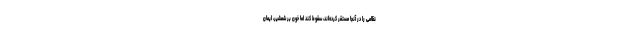
نظامی را در آنجا مستقر کرده‌اند، سقوط کند اما خون بر شمشیر، ایمان